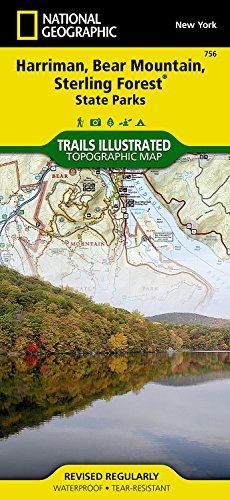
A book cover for Harriman and Bear Mountain State Parks (Trails Illustrated Map #756); National Geographic Maps - Trails Illustrated; Sports & Outdoors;